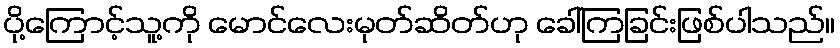
ပို့ကြောင့်သူ့ကို မောင်လေးမုတ်ဆိတ်ဟု ခေါ်ကြခြင်းဖြစ်ပါသည်။